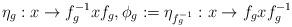
LaTeX: \begin{align*}\eta_g: x\to f_{g}^{-1} x f_g, {} \phi_{g}:=\eta_{f_g^{-1}}: x\to f_g x f_g^{-1}\end{align*}